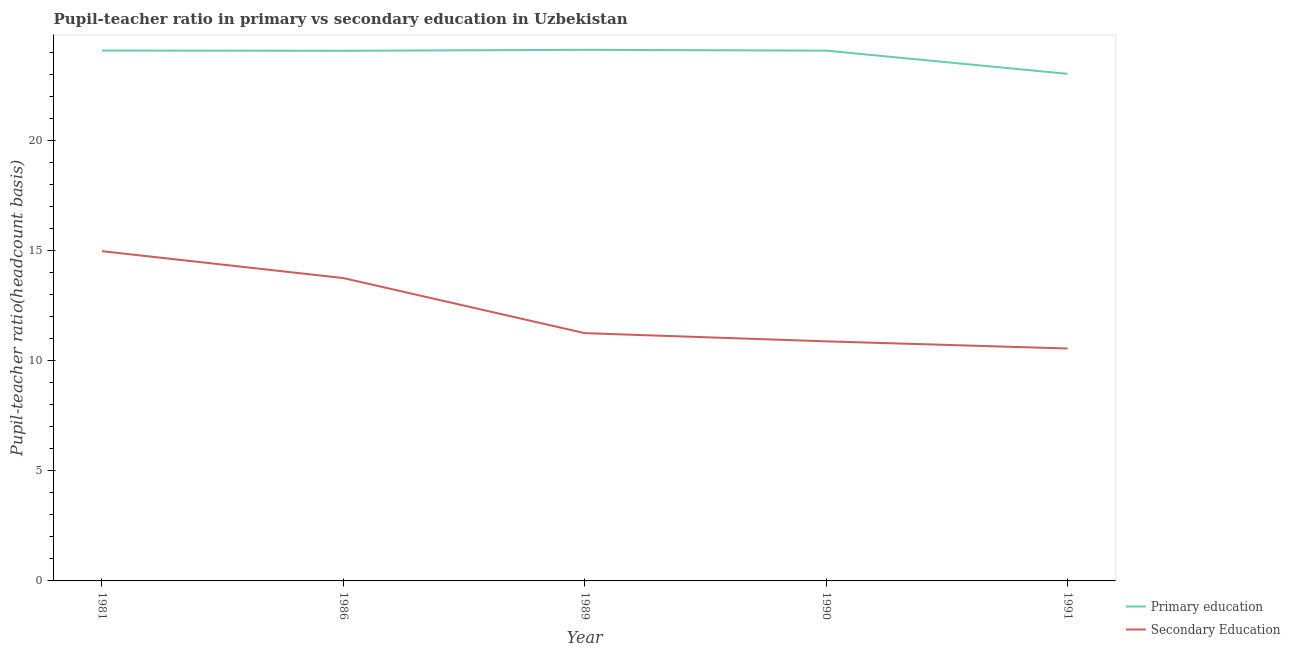
| Year | Primary education | Secondary Education |
 | --- | --- | --- |
 | 1981 | 24.1 | 15 |
 | 1986 | 24.1 | 13.8 |
 | 1989 | 24.1 | 11.3 |
 | 1990 | 24.1 | 10.9 |
 | 1991 | 23 | 10.6 |